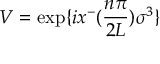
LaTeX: V = \exp \{ i x ^ { - } ( { \frac { n \pi } { 2 L } } ) { \sigma } ^ { 3 } \}